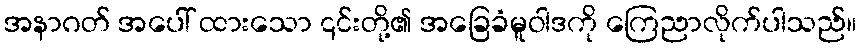
အနာဂတ် အပေါ် ထားသော ၎င်းတို့၏ အခြေခံမူဝါဒကို ကြေညာလိုက်ပါသည်။